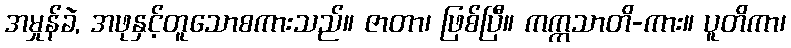
အမှုန်ခဲ, အဖုနှင့်တူသောစကားသည်။ ဇာတာ၊ ဖြစ်ပြီ။ ကက္ကသာတိ-ကား။ ပူတိကာ၊